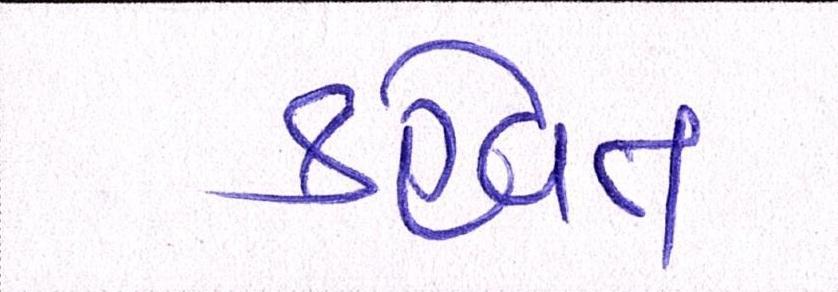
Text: કહેવત